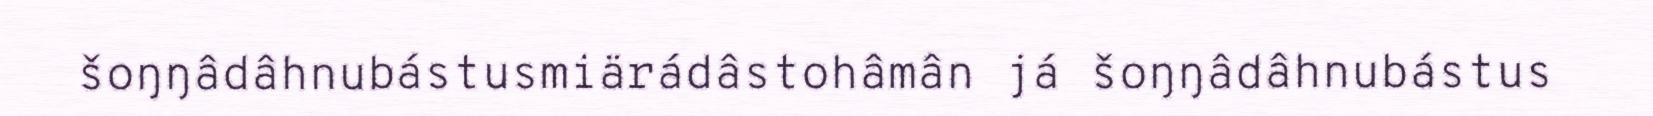
šoŋŋâdâhnubástusmiärádâstohâmân já šoŋŋâdâhnubástus